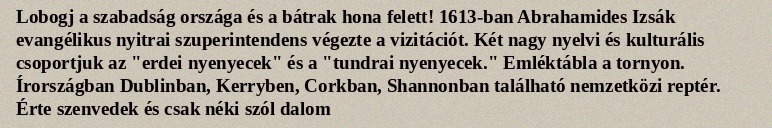
Lobogj a szabadság országa és a bátrak hona felett! 1613-ban Abrahamides Izsák evangélikus nyitrai szuperintendens végezte a vizitációt. Két nagy nyelvi és kulturális csoportjuk az "erdei nyenyecek" és a "tundrai nyenyecek." Emléktábla a tornyon. Írországban Dublinban, Kerryben, Corkban, Shannonban található nemzetközi reptér. Érte szenvedek és csak néki szól dalom